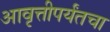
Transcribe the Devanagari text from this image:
आवृत्तीपर्यंतचा